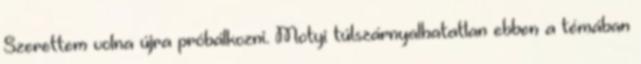
Szerettem volna újra próbálkozni. Motyi túlszárnyalhatatlan ebben a témában